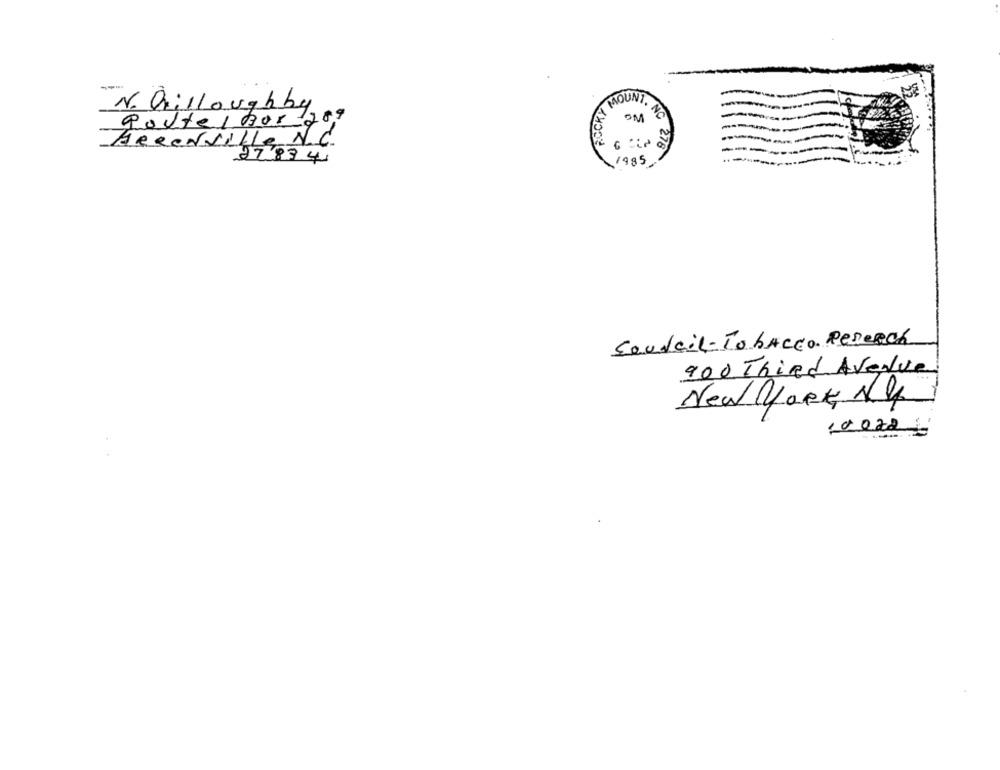
KINnow
N. Willoughby
godtel Bor 209
Hereuville N.C.
27834
1985
. NC 278
Soudcil- Tobacco. Reserch
900 Third Avenue
New York, NY
10028